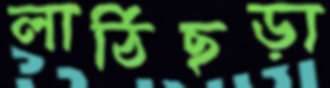
লাঠিছড়া